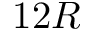
1 2 R